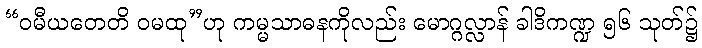
“ဝမီယတေတိ ဝမထု”ဟု ကမ္မသာဓနကိုလည်း မောဂ္ဂလ္လာန် ခါဒိကဏ္ဍ ၅၆ သုတ်၌